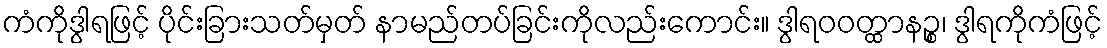
ကံကိုဒွါရဖြင့် ပိုင်းခြားသတ်မှတ် နာမည်တပ်ခြင်းကိုလည်းကောင်း။ ဒွါရဝဝတ္ထာနဉ္စ၊ ဒွါရကိုကံဖြင့်